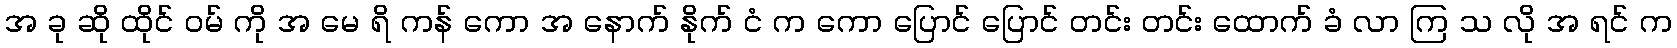
အ ခု ဆို ထိုင် ဝမ် ကို အ မေ ရိ ကန် ကော အ နောက် နိုက် ငံ က ကော ပြောင် ပြောင် တင်း တင်း ထောက် ခံ လာ ကြ သ လို အ ရင် က